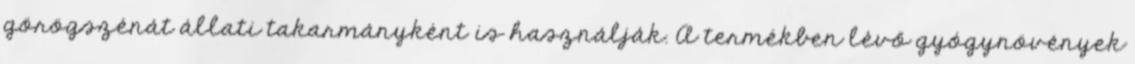
görögszénát állati takarmányként is használják. A termékben lévő gyógynövények